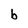
Character: b